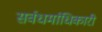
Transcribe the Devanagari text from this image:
सर्वधर्माधिकारी